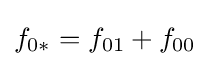
f_{0*}=f_{01}+f_{00}